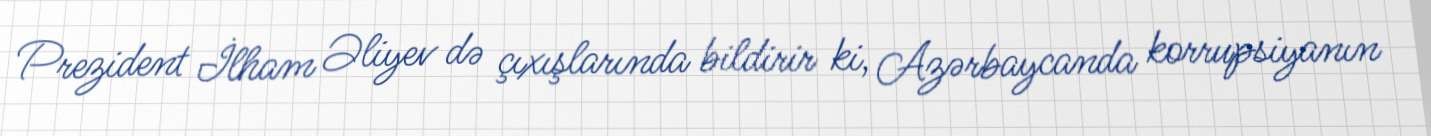
Prezident İlham Əliyev də çıxışlarında bildirir ki, Azərbaycanda korrupsiyanın